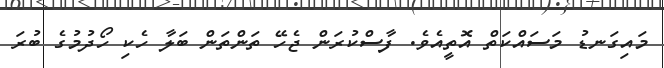
މައިގަނޑު މަސައްކަތް އޮތީއެވެ. ފާސްކުރަން ޖެހޭ ތަންތަން ބަލާ ހެކި ހޯދުމުގެ ބުރަ